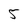
Character: 5